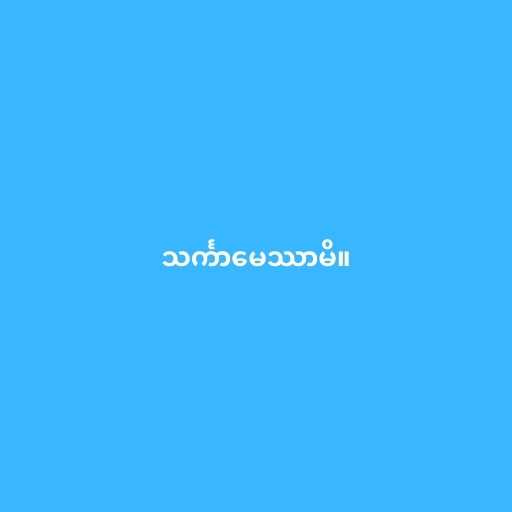
သင်္ကာမေဿာမိ။